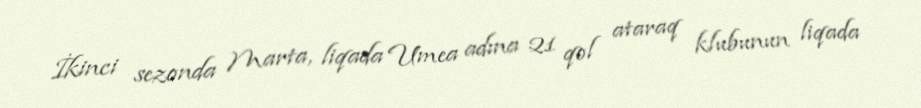
İkinci sezonda Marta, liqada Umea adına 21 qol ataraq klubunun liqada